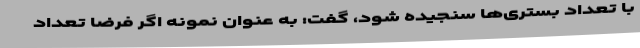
با تعداد بستری‌ها سنجیده شود، گفت: به عنوان نمونه اگر فرضا تعداد